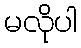
မလိုပါ